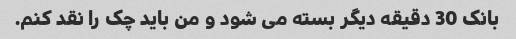
بانک 30 دقیقه دیگر بسته می شود و من باید چک را نقد کنم.